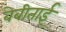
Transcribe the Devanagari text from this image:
बेबीताई